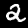
Label: 2